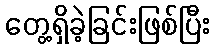
တွေ့ရှိခဲ့ခြင်းဖြစ်ပြီး